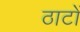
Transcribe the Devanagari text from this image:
ठाटों